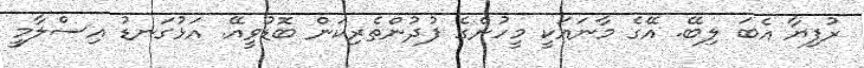
ރުފިޔާ އެބަ ލިބޭ. އޭގެ މާނައަކީ މީހުންގެ ފުދުންތެރިކަން ބޮޑުވީއޭ. އަޅުގަނޑު އިސްލާމީ